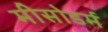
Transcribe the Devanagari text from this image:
मीसोडर्म